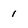
Character: 1